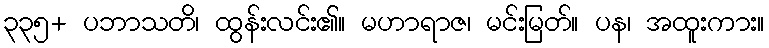
၃၃၅+ ပဘာသတိ၊ ထွန်းလင်း၏။ မဟာရာဇ၊ မင်းမြတ်။ ပန၊ အထူးကား။